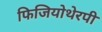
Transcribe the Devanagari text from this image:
फिजियोथेरपी